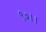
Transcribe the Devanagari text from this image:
९७।।